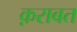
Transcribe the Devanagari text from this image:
क़राबत